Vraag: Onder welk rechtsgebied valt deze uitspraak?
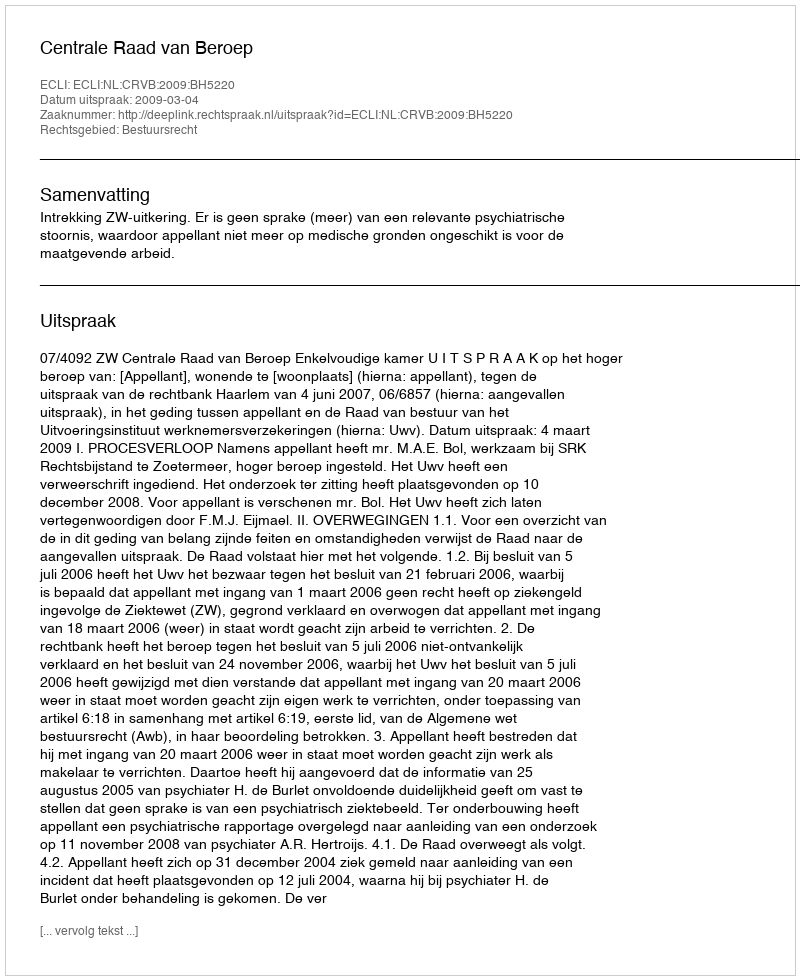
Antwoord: Bestuursrecht